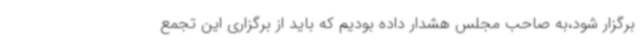
برگزار شود،به صاحب مجلس هشدار داده بودیم که باید از برگزاری این تجمع